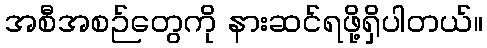
အစီအစဉ်တွေကို နားဆင်ရဖို့ရှိပါတယ်။